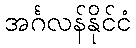
အင်္ဂလန်နိုင်ငံ